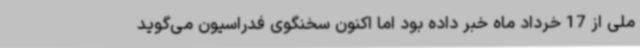
ملی از 17 خرداد ماه خبر داده بود اما اکنون سخنگوی فدراسیون می‌گوید